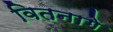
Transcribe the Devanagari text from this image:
वितनागे